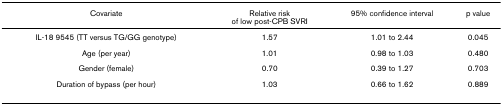
<table><thead><tr><td><b>Covariate</b></td><td><b>Relative riskof low post-CPB SVRI</b></td><td><b>95% confidence interval</b></td><td><b>p value</b></td></tr></thead><tbody><tr><td>IL-18 9545 (TT versus TG/GG genotype)</td><td>1.57</td><td>1.01 to 2.44</td><td>0.045</td></tr><tr><td>Age (per year)</td><td>1.01</td><td>0.98 to 1.03</td><td>0.480</td></tr><tr><td>Gender (female)</td><td>0.70</td><td>0.39 to 1.27</td><td>0.703</td></tr><tr><td>Duration of bypass (per hour)</td><td>1.03</td><td>0.66 to 1.62</td><td>0.889</td></tr></tbody></table>